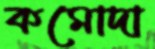
কমোদা